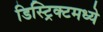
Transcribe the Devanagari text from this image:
डिस्ट्रिक्टमध्ये